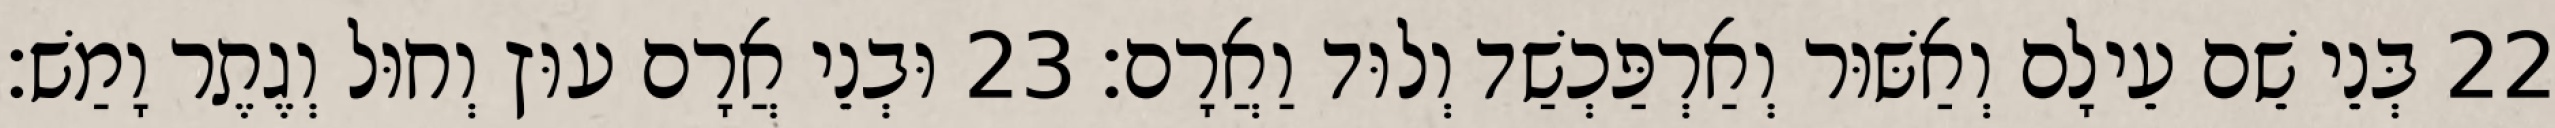
22 בְּנֵי שֵׁם עֵילָם וְאַשּׁוּר וְאַרְפַּכְשַׁד וְלוּד וַאֲרָם׃ 23 וּבְנֵי אֲרָם עוּץ וְחוּל וְגֶתֶר וָמַשׁ׃